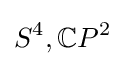
S^{4},{\mathbb {C} }P^{2}